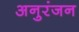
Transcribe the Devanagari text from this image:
अनुरंजन